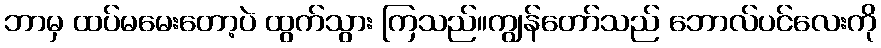
ဘာမှ ထပ်မမေးတော့ပဲ ထွက်သွား ကြသည်။ကျွန်တော်သည် ဘောလ်ပင်လေးကို